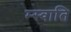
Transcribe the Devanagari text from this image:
म्स्वाति